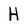
Character: H